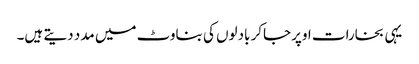
یہی بخارات اوپرجاکر بادلوں کی بناوٹ میں مدد دیتے ہیں۔